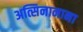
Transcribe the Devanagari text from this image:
अत्सिनानाना